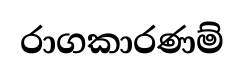
රාගකාරණම්